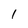
Character: 1